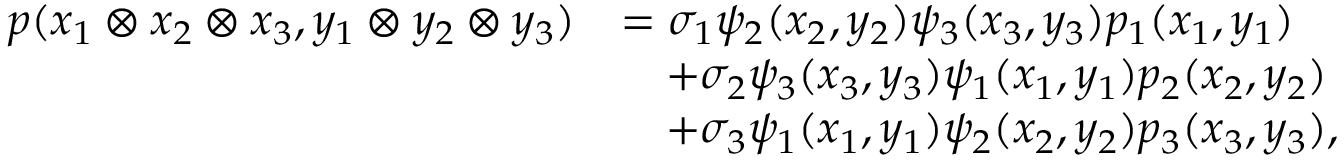
\begin{array} { r l } { p ( x _ { 1 } \otimes x _ { 2 } \otimes x _ { 3 } , y _ { 1 } \otimes y _ { 2 } \otimes y _ { 3 } ) } & { = \sigma _ { 1 } \psi _ { 2 } ( x _ { 2 } , y _ { 2 } ) \psi _ { 3 } ( x _ { 3 } , y _ { 3 } ) p _ { 1 } ( x _ { 1 } , y _ { 1 } ) } \\ & { \quad + \sigma _ { 2 } \psi _ { 3 } ( x _ { 3 } , y _ { 3 } ) \psi _ { 1 } ( x _ { 1 } , y _ { 1 } ) p _ { 2 } ( x _ { 2 } , y _ { 2 } ) } \\ & { \quad + \sigma _ { 3 } \psi _ { 1 } ( x _ { 1 } , y _ { 1 } ) \psi _ { 2 } ( x _ { 2 } , y _ { 2 } ) p _ { 3 } ( x _ { 3 } , y _ { 3 } ) , } \end{array}